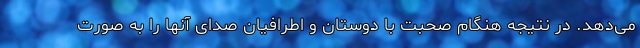
می‌دهد. در نتیجه هنگام صحبت با دوستان و اطرافیان صدای آنها را به صورت